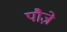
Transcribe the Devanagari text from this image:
पौज़े